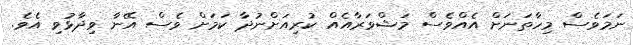
ނަމަވެސް މިހާތަނަށް އެއްވެސް މަޝްވަރާއެއް ކުރިއަށްނުދާ ކަމަށް ވެސް އޭނާ ވިދާޅުވި އެވެ.